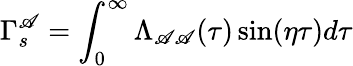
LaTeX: \Gamma_{s}^{\mathscr{A}}=\int_{0}^{\infty}\Lambda_{\mathscr{A}\mathscr{A}}(\tau)\sin(\eta\tau)d\tau